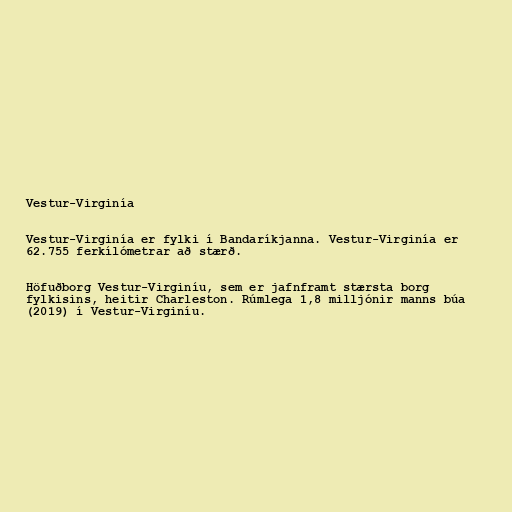
Vestur-Virginía

Vestur-Virginía er fylki í Bandaríkjanna. Vestur-Virginía er
62.755 ferkílómetrar að stærð.

Höfuðborg Vestur-Virginíu, sem er jafnframt stærsta borg
fylkisins, heitir Charleston. Rúmlega 1,8 milljónir manns búa
(2019) í Vestur-Virginíu.